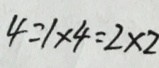
4 = 1 \times 4 = 2 \times 2